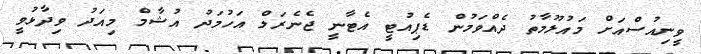
ވީނިއުސްއަށް މައުލޫމާތު ދެއްވަމުން ޑެޕިއުޓީ އެޓާނީ ޖެނެރަލް އަހުމަދު އުޝާމް މިއަދު ވިދާޅުވީ